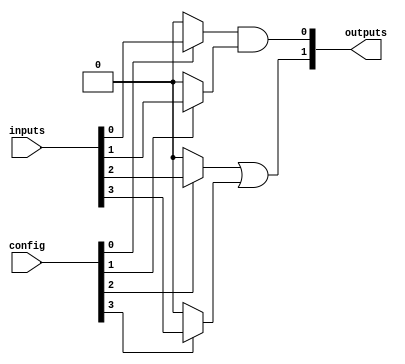
module programmable_logic_block (
    input wire [N-1:0] inputs,          // N inputs to the logic block
    input wire [M-1:0] config,          // M configuration bits for logic operations
    output wire [P-1:0] outputs          // P outputs from the logic block
);
    parameter N = 4;                     // Number of inputs
    parameter M = 8;                     // Number of configuration bits
    parameter P = 2;                     // Number of outputs

    // Internal signals
    wire [N-1:0] mux_out;                // Output of multiplexers
    wire [N-1:0] logic_out;              // Output of logic gates

    // Multiplexer to select inputs based on configuration
    genvar i;
    generate
        for (i = 0; i < N; i = i + 1) begin : mux
            assign mux_out[i] = (config[i]) ? inputs[i] : 1'b0; // Simple selection logic
        end
    endgenerate

    // Logic gates implementation based on configuration
    // Example: AND, OR, NOT operations based on config
    assign logic_out[0] = mux_out[0] & mux_out[1]; // AND gate
    assign logic_out[1] = mux_out[2] | mux_out[3]; // OR gate

    // Output assignment based on logic operations
    assign outputs = logic_out[P-1:0]; // Connect logic outputs to the outputs

endmodule